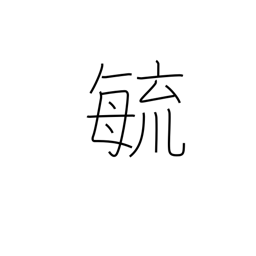
Meaning: grow up